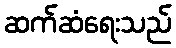
ဆက်ဆံရေးသည်